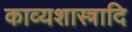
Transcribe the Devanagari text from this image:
काव्यशास्त्रादि